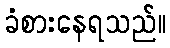
ခံစားနေရသည်။